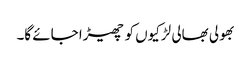
بھولی بھالی لڑکیوں کو چھیڑا جائے گا۔